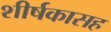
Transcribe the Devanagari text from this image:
शीर्षकासह